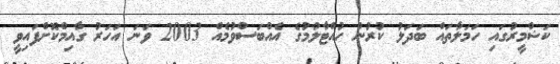
ކަޝްމީރުގައި ހަމަލާތައް ބަދަލު ކުރުން ހުއްޓާލުމުގެ އެއްބަސްވުމެއް 2003 ވަނަ އަހަރު ގާއިމްކޮށްފައިވީ